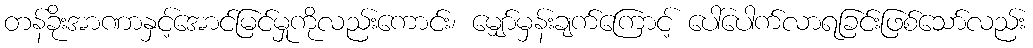
တန်ခိုးအာဏာနှင့်အောင်မြင်မှုကိုလည်းကောင်း၊ မျှော်မှန်းချက်ကြောင့် ပေါ်ပေါက်လာရခြင်းဖြစ်သော်လည်း